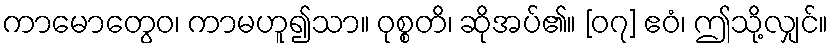
ကာမောတွေဝ၊ ကာမဟူ၍သာ။ ဝုစ္စတိ၊ ဆိုအပ်၏။ [၀၇] ဧဝံ၊ ဤသို့လျှင်။